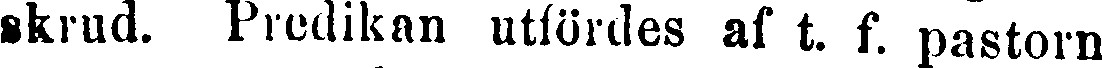
skrud. Predikan utfördes af t. f. pastorn